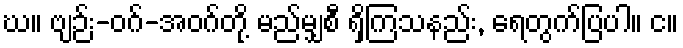
ဃ။ ဗျဉ်း-ဝဂ်-အဝဂ်တို့ မည်မျှစီ ရှိကြသနည်း, ရေတွက်ပြပါ။ င။